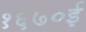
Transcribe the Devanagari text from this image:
१६७०ई